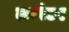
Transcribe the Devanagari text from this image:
लम्पेटर